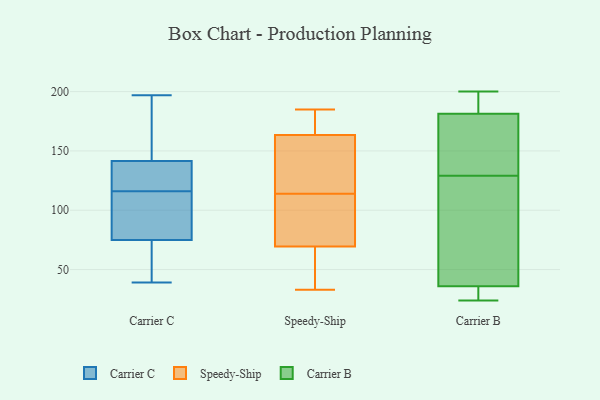
{"axis": {"x": "Headcount", "y": "Value"}, "legend": ["Carrier B", "Carrier C", "Speedy-Ship"], "data": [{"x": "", "y": 140, "type": "Carrier C"}, {"x": "", "y": 79, "type": "Carrier C"}, {"x": "", "y": 197, "type": "Carrier C"}, {"x": "", "y": 146, "type": "Carrier C"}, {"x": "", "y": 42, "type": "Carrier C"}, {"x": "", "y": 77, "type": "Carrier C"}, {"x": "", "y": 191, "type": "Carrier C"}, {"x": "", "y": 122, "type": "Carrier C"}, {"x": "", "y": 137, "type": "Carrier C"}, {"x": "", "y": 87, "type": "Carrier C"}, {"x": "", "y": 116, "type": "Carrier C"}, {"x": "", "y": 69, "type": "Carrier C"}, {"x": "", "y": 87, "type": "Carrier C"}, {"x": "", "y": 160, "type": "Carrier C"}, {"x": "", "y": 65, "type": "Carrier C"}, {"x": "", "y": 39, "type": "Carrier C"}, {"x": "", "y": 133, "type": "Carrier C"}, {"x": "", "y": 114, "type": "Speedy-Ship"}, {"x": "", "y": 179, "type": "Speedy-Ship"}, {"x": "", "y": 165, "type": "Speedy-Ship"}, {"x": "", "y": 153, "type": "Speedy-Ship"}, {"x": "", "y": 76, "type": "Speedy-Ship"}, {"x": "", "y": 95, "type": "Speedy-Ship"}, {"x": "", "y": 161, "type": "Speedy-Ship"}, {"x": "", "y": 33, "type": "Speedy-Ship"}, {"x": "", "y": 185, "type": "Speedy-Ship"}, {"x": "", "y": 163, "type": "Speedy-Ship"}, {"x": "", "y": 50, "type": "Speedy-Ship"}, {"x": "", "y": 98, "type": "Speedy-Ship"}, {"x": "", "y": 33, "type": "Speedy-Ship"}, {"x": "", "y": 161, "type": "Carrier B"}, {"x": "", "y": 148, "type": "Carrier B"}, {"x": "", "y": 37, "type": "Carrier B"}, {"x": "", "y": 30, "type": "Carrier B"}, {"x": "", "y": 86, "type": "Carrier B"}, {"x": "", "y": 33, "type": "Carrier B"}, {"x": "", "y": 182, "type": "Carrier B"}, {"x": "", "y": 129, "type": "Carrier B"}, {"x": "", "y": 191, "type": "Carrier B"}, {"x": "", "y": 45, "type": "Carrier B"}, {"x": "", "y": 24, "type": "Carrier B"}, {"x": "", "y": 200, "type": "Carrier B"}, {"x": "", "y": 181, "type": "Carrier B"}]}